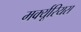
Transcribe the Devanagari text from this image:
मर्क्यूरियस